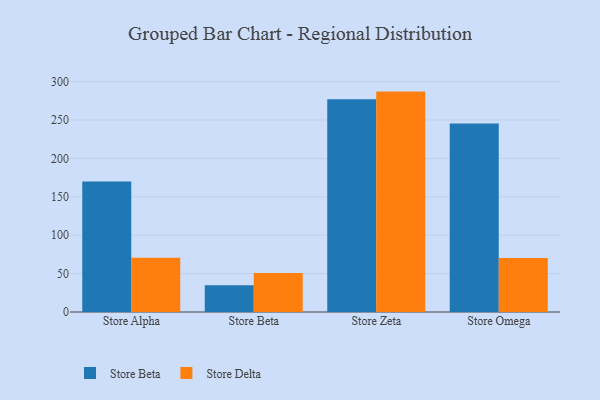
{"axis": {"x": "Store", "y": "Tickets Resolved"}, "legend": ["Store Beta", "Store Delta"], "data": [{"x": "Store Alpha", "y": 170.0, "type": "Store Beta"}, {"x": "Store Alpha", "y": 70.5, "type": "Store Delta"}, {"x": "Store Beta", "y": 34.8, "type": "Store Beta"}, {"x": "Store Beta", "y": 50.9, "type": "Store Delta"}, {"x": "Store Zeta", "y": 276.9, "type": "Store Beta"}, {"x": "Store Zeta", "y": 287.0, "type": "Store Delta"}, {"x": "Store Omega", "y": 245.3, "type": "Store Beta"}, {"x": "Store Omega", "y": 70.4, "type": "Store Delta"}]}